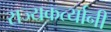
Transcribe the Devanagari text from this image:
राज्यकर्त्यानी